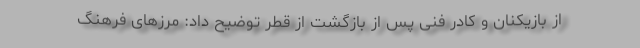
از بازیکنان و کادر فنی پس از بازگشت از قطر توضیح داد: مرزهای فرهنگ